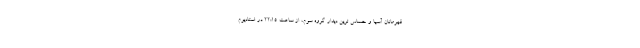
قهرمانان آسیا و حساس ترین دیدار گروه سوم، از ساعت ۲۲:۱۵ در استادیوم